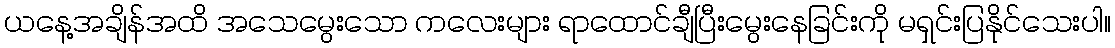
ယနေ့အချိန်အထိ အသေမွေးသော ကလေးများ ရာထောင်ချီပြီးမွေးနေခြင်းကို မရှင်းပြနိုင်သေးပါ။